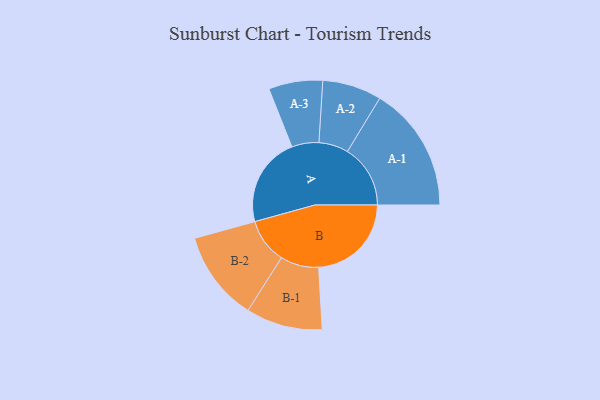
{"axis": {"x": "Segment", "y": "Value"}, "legend": ["", "A", "B"], "data": [{"x": "A", "y": 382, "type": ""}, {"x": "B", "y": 395, "type": ""}, {"x": "A-1", "y": 268, "type": "A"}, {"x": "A-2", "y": 126, "type": "A"}, {"x": "A-3", "y": 115, "type": "A"}, {"x": "B-1", "y": 163, "type": "B"}, {"x": "B-2", "y": 192, "type": "B"}]}